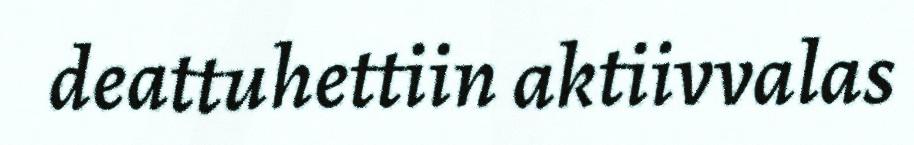
deattuhettiin aktiivvalas